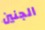
الجنين